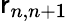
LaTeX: \mathsf{r}_{n,n+1}